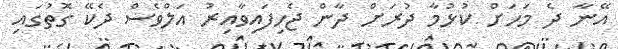
އޭނާ ދެ މަހަށް ކުޅުމާ ދުރަށް ދާން ޖެހިފައިވާއިރު އަލްވެސް ދެކޭ ގޮތުގައި